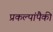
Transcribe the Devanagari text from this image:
प्रकल्पांपैकी